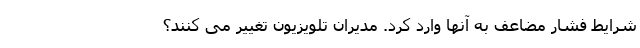
شرایط فشار مضاعف به آنها وارد کرد. مدیران تلویزیون تغییر می کنند؟